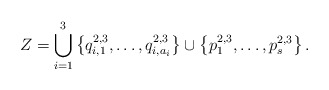
\begin{align*}Z = \bigcup_{i=1}^3 \left\{ q_{i,1}^{2,3}, \dots, q_{i,a_i}^{2,3}\right\} \cup \left\{p_1^{2,3}, \dots, p_s^{2,3}\right\}. \end{align*}